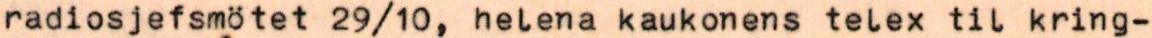
radiosjefsmötet 29/10, helena kaukonens telex til kring-